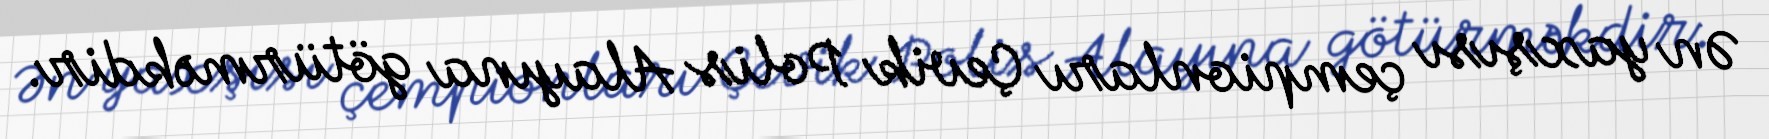
Ən yaxşısı çempionları Çevik Polis Alayına götürməkdir.